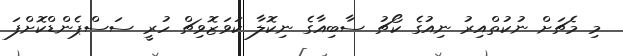
މި މެޗަށް ނުކުތްއިރު ނިއުގެ ކޯޗު ސާބިއާގެ ނިކޮލާ ކަވަޒޮވިޗް ހުރީ ސަސްޕެންޑްކޮށްފަ